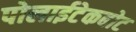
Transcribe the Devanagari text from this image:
पोलाईटेकबोट